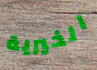
الخيرية